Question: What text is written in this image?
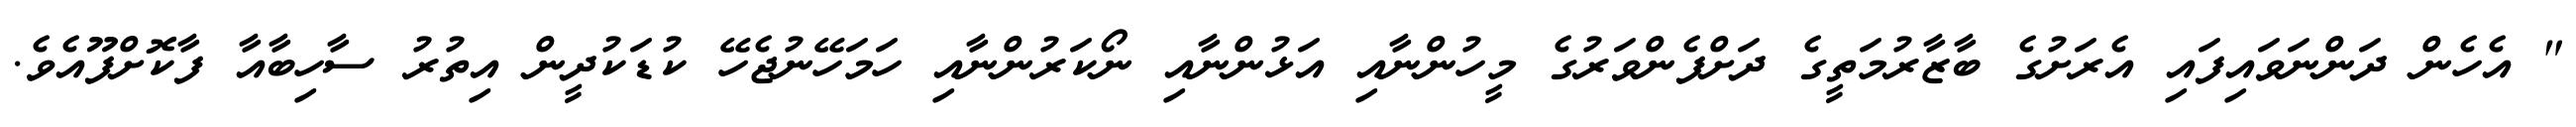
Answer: " އެހެން ދަންނަވައިފައި އެރަށުގެ ބާޒާރުމަތީގެ ދަށްފެންވަރުގެ މީހުންނާއި އަޅުންނާއި ނޯކަރުންނާއި ހަމަހޭނުޖެހޭ ކުޑަކުދީން އިތުރު ސާހިބާއާ ފާކޮށްފޫއެވެ.